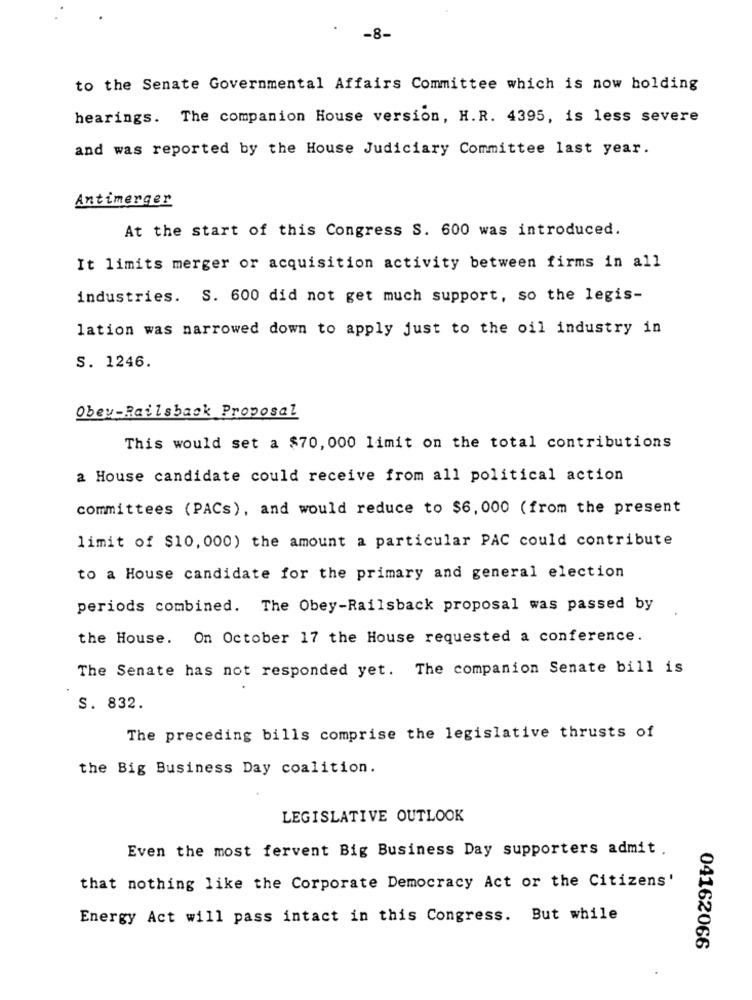
-8-
to the Senate Governmental Affairs Committee which is now holding
hearings. The companion House version, H.R. 4395, is less severe
and was reported by the House Judiciary Committee last year.
Antimerger
At the start of this Congress S. 600 was introduced.
It limits merger or acquisition activity between firms in all
industries. S. 600 did not get much support, so the legis-
lation was narrowed down to apply just to the oil industry in
S. 1246.
Obey-Railsback Proposal
This would set a $70, 000 limit on the total contributions
a House candidate could receive from all political action
committees (PACs), and would reduce to $6, 000 (from the present
limit of $10, 000) the amount a particular PAC could contribute
to a House candidate for the primary and general election
periods combined. The Obey-Railsback proposal was passed by
the House. On October 17 the House requested a conference.
The Senate has not responded yet. The companion Senate bill is
S. 832.
The preceding bills comprise the legislative thrusts of
the Big Business Day coalition.
LEGISLATIVE OUTLOOK
Even the most fervent Big Business Day supporters admit .
that nothing like the Corporate Democracy Act or the Citizens'
Energy Act will pass intact in this Congress. But while
04162066